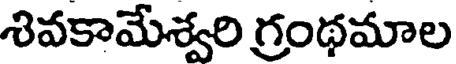
శివకామేశ్వరి గ్రంథమాల